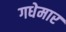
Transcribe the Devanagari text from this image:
गधेमार